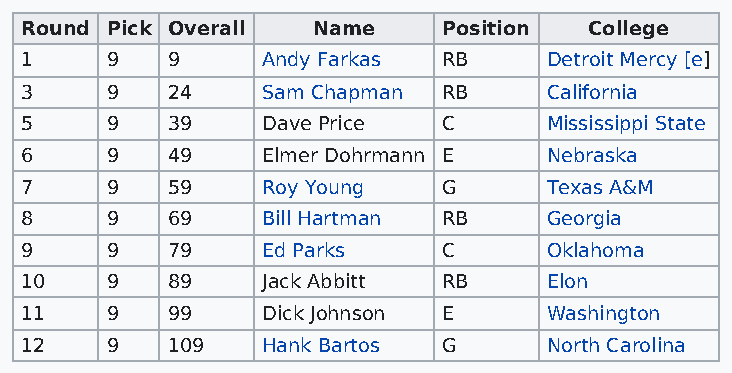
Round Pick Overall  Name    Position  College
 1     9   9     Andy Farkas RB     Detroit Mercy [e]
 3     9   24    Sam Chapman RB     California
 5     9   39    Dave Price  C      Mississippi State
 6     9   49    Elmer Dohrmann E   Nebraska
 7     9   59    Roy Young   G      Texas A&M
 8     9   69    Bill Hartman RB    Georgia
 9     9   79    Ed Parks    C      Oklahoma
 10    9   89    Jack Abbitt RB     Elon
 11    9   99    Dick Johnson E     Washington
 12    9   109   Hank Bartos G      North Carolina